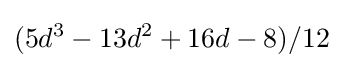
(5d^{3}-13d^{2}+16d-8)/12